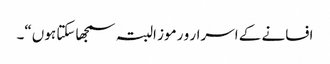
افسانے کے اسرار و رموز البتہ سمجھا سکتا ہوں“۔